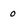
Character: o